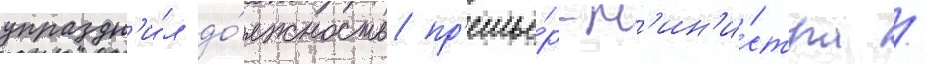
упраздн'и́л до́лжность пр'емье́р-м'ин'и́стра /